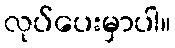
လုပ်ပေးမှာပါ။